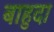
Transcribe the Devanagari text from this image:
बाहुदा